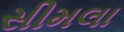
સીમલા